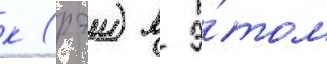
к (рэи) в э́том